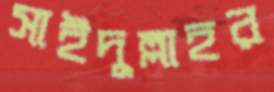
সাইদুল্লাহর